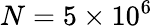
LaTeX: N=5\times 10^{6}